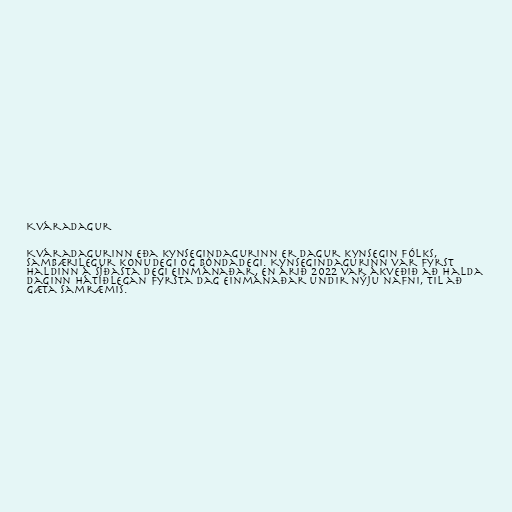
Kváradagur

Kváradagurinn eða kynsegindagurinn er dagur kynsegin fólks,
sambærilegur konudegi og bóndadegi. Kynsegindagurinn var fyrst
haldinn á síðasta degi einmánaðar, en árið 2022 var ákveðið að halda
daginn hátíðlegan fyrsta dag einmánaðar undir nýju nafni, til að
gæta samræmis.